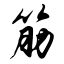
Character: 筋